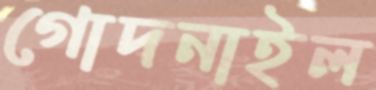
গোদনাইল